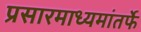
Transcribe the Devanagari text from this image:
प्रसारमाध्यमांतर्फे